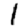
Digit: 1